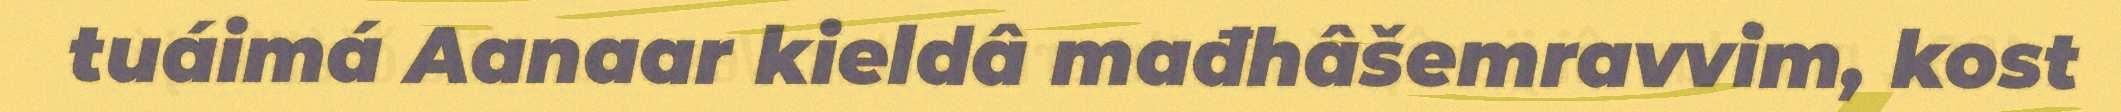
tuáimá Aanaar kieldâ mađhâšemravvim, kost